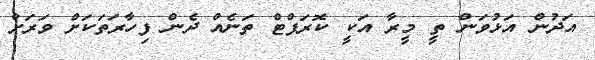
އަދުން އަޅުވަން ތީ މީރާ އަކީ ކޮރަޕްޓް ތަނެއް ދެން ފިހާރަތަކަށް ވަރަށް